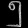
Digit: ၅